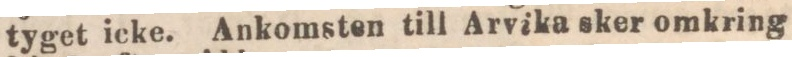
tyget icke. Ankomsten till Arvika sker omkring